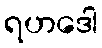
ရဟဒေါ